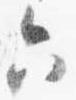
六